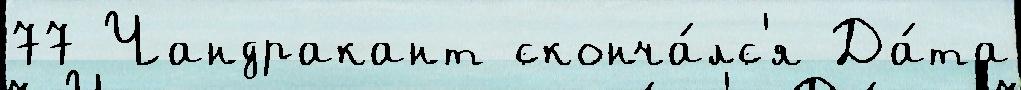
77 Чандракант сконча́лс'я Да́та